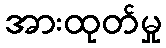
အားထုတ်မှု